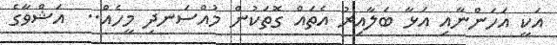
އަކީ އަހަންނާއި އަޅާ ބަލާއިރު އެތައް ގޮތަކުން މުއްސަނދި މީހެއް..  އަޝްވާގެ